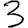
Digit: 3